Vaccination in Bombay 1889-1901 - 1889-1901
Year: 1889
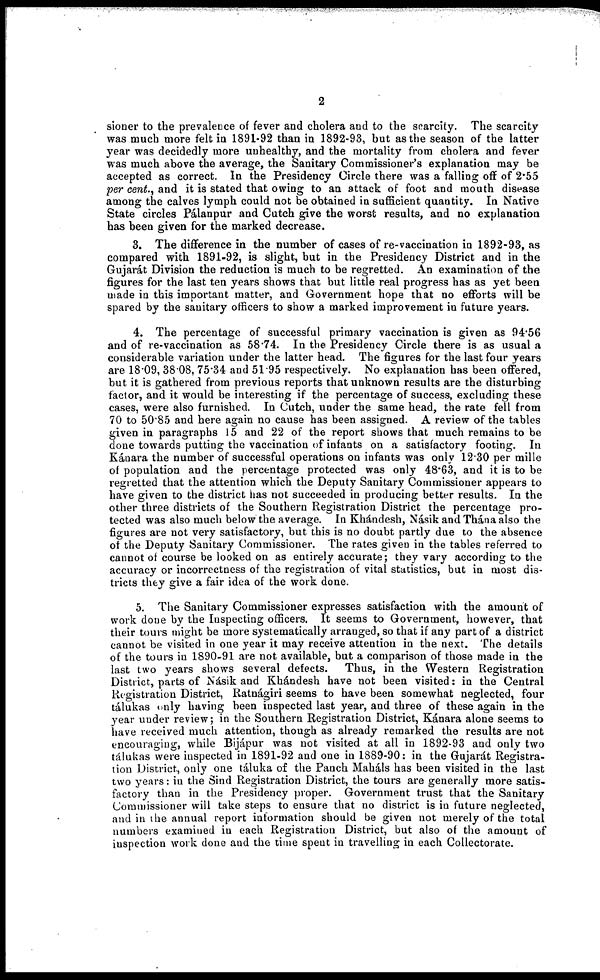
2
sioner to the prevalence of fever and cholera and to the scarcity. The scarcity
was much more felt in 1891-92 than in 1892-93, but as the season of the latter
year was decidedly more unhealthy, and the mortality from cholera and fever
was much above the average, the Sanitary Commissioner's explanation may be
accepted as correct. In the Presidency Circle there was a falling off of 2.55
per cent., and it is stated that owing to an attack of foot and mouth disease
among the calves lymph could not be obtained in sufficient quantity. In Native
State circles Pálanpur and Cutch give the worst results, and no explanation
has been given for the marked decrease.
3. The difference in the number of cases of re-vaccination in 1892-93, as
compared with 1891-92, is slight, but in the Presidency District and in the
Gujarát Division the reduction is much to be regretted. An examination of the
figures for the last ten years shows that but little real progress has as yet been
made in this important matter, and Government hope that no efforts will be
spared by the sanitary officers to show a marked improvement in future years.
4. The percentage of successful primary vaccination is given as 94.56
and of re-vaccination as 58.74. In the Presidency Circle there is as usual a
considerable variation under the latter head. The figures for the last four years
are 18.09, 38.08, 75.34 and 51.95 respectively. No explanation has been offered,
but it is gathered from previous reports that unknown results are the disturbing
factor, and it would be interesting if the percentage of success, excluding these
cases, were also furnished. In Cutch, under the same head, the rate fell from
70 to 50.85 and here again no cause has been assigned. A review of the tables
given in paragraphs 15 and 22 of the report shows that much remains to be
done towards putting the vaccination of infants on a satisfactory footing. In
Kánara the number of successful operations on infants was only 12.30 per mille
of population and the percentage protected was only 48.63, and it is to be
regretted that the attention which the Deputy Sanitary Commissioner appears to
have given to the district has not succeeded in producing better results. In the
other three districts of the Southern Registration District the percentage pro-
tected was also much below the average. In Khándesh, Násik and Thána also the
figures are not very satisfactory, but this is no doubt partly due to the absence
of the Deputy Sanitary Commissioner. The rates given in the tables referred to
cannot of course be looked on as entirely accurate; they vary according to the
accuracy or incorrectness of the registration of vital statistics, but in most dis-
tricts they give a fair idea of the work done.
5. The Sanitary Commissioner expresses satisfaction with the amount of
work done by the Inspecting officers. It seems to Government, however, that
their tours might be more systematically arranged, so that if any part of a district
cannot be visited in one year it may receive attention in the next. The details
of the tours in 1890-91 are not available, but a comparison of those made in the
last two years shows several defects.
Thus, in the Western Registration
District, parts of Násik and Khándesh have not been visited: in the Central
Registration District, Ratnágiri seems to have been somewhat neglected, four
tálukas only having been inspected last year, and three of these again in the
year under review; in the Southern Registration District, Kánara alone seems to
have received much attention, though as already remarked the results are not
encouraging, while Bijápur was not visited at all in 1892-93 and only two
tálukas were inspected in 1891-92 and one in 1889-90: in the Gujarát Registra-
tion District, only one táluka of the Panch Maháls has been visited in the last
two years: in the Sind Registration District, the tours are generally more satis-
factory than in the Presidency proper. Government trust that the Sanitary
Commissioner will take steps to ensure that no district is in future neglected,
and in the annual report information should be given not merely of the total
numbers examined in each Registration District, but also of the amount of
inspection work done and the time spent in travelling in each Collectorate.